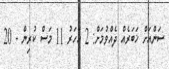
ސަންއަށް ޚަބަރެއް ދެއްވުމަށް: 2 އަހަރު 11 މަސް ކުރިން - 20